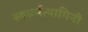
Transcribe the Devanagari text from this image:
स्वधर्मत्यागिनी